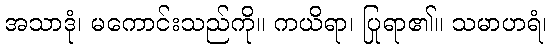
အသာဒုံ၊ မကောင်းသည်ကို။ ကယိရာ၊ ပြုရာ၏။ သမာဟရံ၊